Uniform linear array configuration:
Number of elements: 48
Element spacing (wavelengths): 0.5
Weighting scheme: hamming
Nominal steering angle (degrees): -45
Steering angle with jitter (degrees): -46.066
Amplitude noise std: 0.05
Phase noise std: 0.05

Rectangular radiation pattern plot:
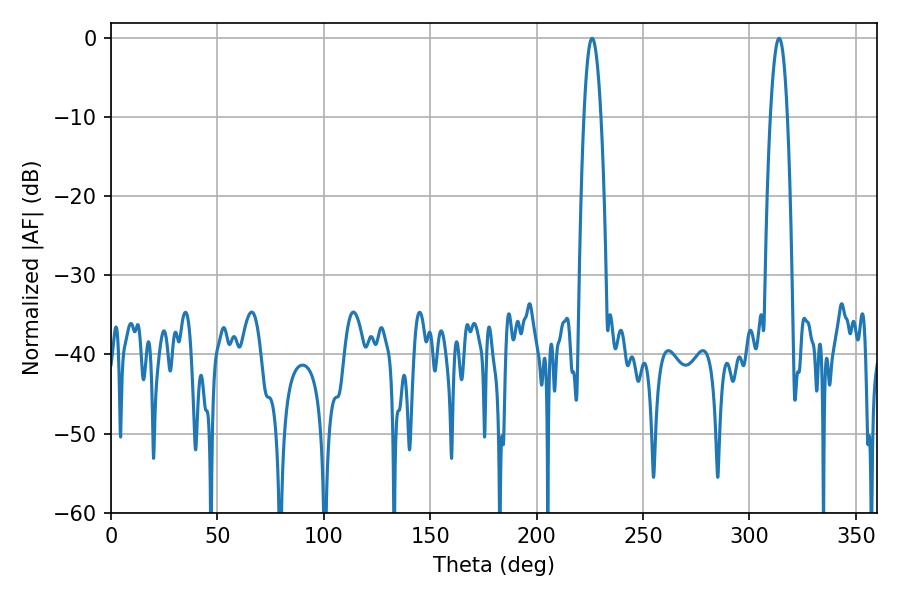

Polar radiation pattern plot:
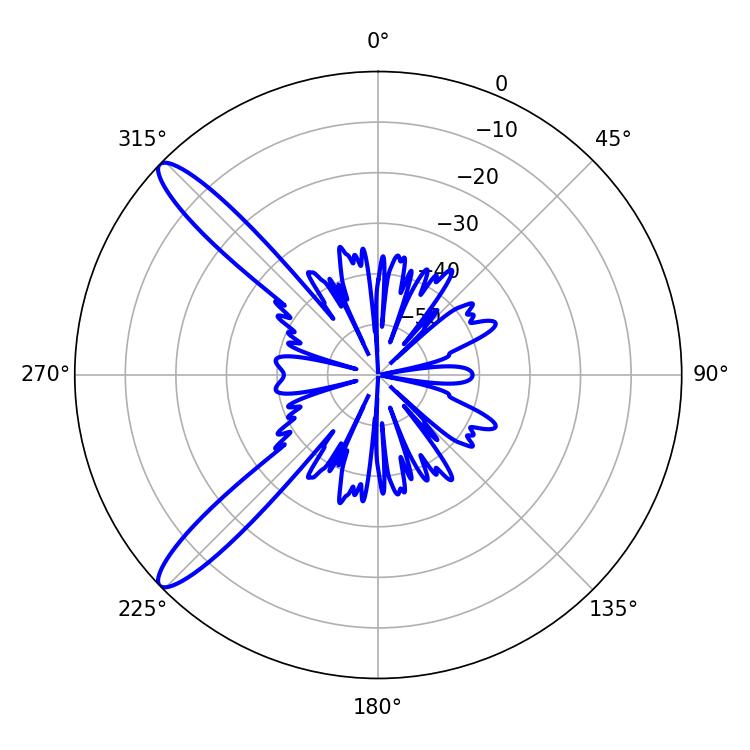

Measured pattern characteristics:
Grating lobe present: FALSE
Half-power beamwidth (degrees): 4.32
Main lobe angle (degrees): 226.08